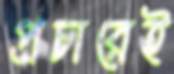
প্রচারেই